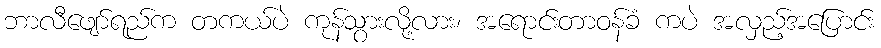
ဘာလီဖျော်ရည်က တကယ်ပဲ ကုန်သွားလို့လား၊ အရောင်းတာဝန်ခံ ကပဲ အလှည့်အပြောင်း